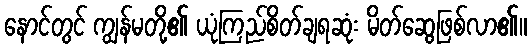
နောင်တွင် ကျွန်မတို့၏ ယုံကြည်စိတ်ချရဆုံး မိတ်ဆွေဖြစ်လာ၏။